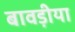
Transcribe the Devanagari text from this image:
बावड़ीया